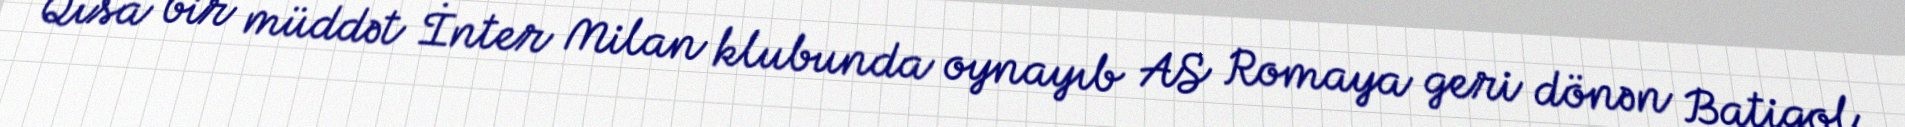
Qısa bir müddət İnter Milan klubunda oynayıb AS Romaya geri dönən Batigol